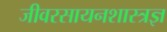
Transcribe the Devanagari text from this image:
जीवरसायनशास्त्रज्ञ